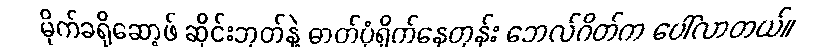
မိုက်ခရိုဆော့ဖ် ဆိုင်းဘုတ်နဲ့ ဓာတ်ပုံရိုက်နေတုန်း ဘေလ်ဂိတ်က ပေါ်လာတယ်။